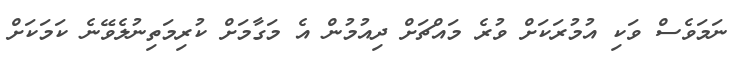
ނަމަވެސް ވަކި އުމުރަކަށް ވުރެ މައްޗަށް ދިއުމުން އެ މަގާމަށް ކުރިމަތިނުލެވޭނެ ކަމަކަށް